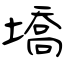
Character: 墧